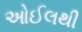
ઓઈલથી